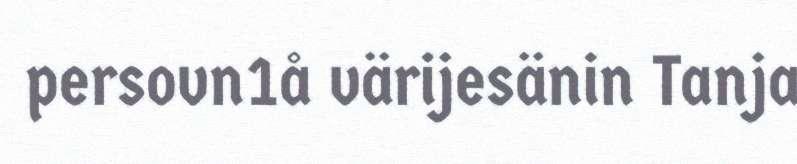
persovn1å värijesänin Tanja